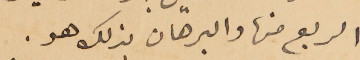
الربع منها والبرهان بذلك هو.